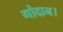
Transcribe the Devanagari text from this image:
गोदान।